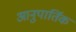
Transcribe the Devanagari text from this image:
आनुपार्तिक